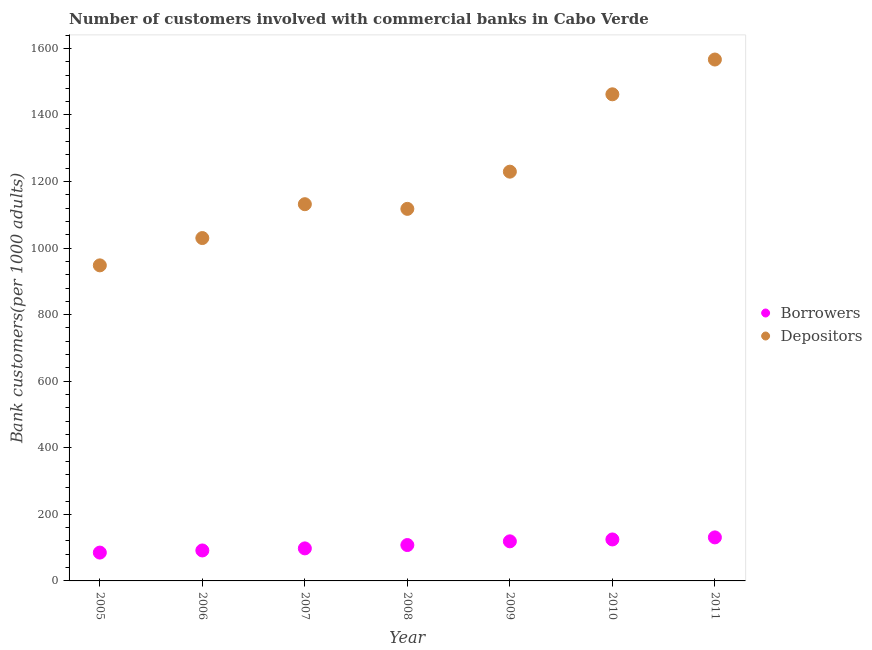
| Year | Borrowers | Depositors |
 | --- | --- | --- |
 | 2005 | 85.1 | 948 |
 | 2006 | 91.5 | 1.03e+03 |
 | 2007 | 97.8 | 1.13e+03 |
 | 2008 | 108 | 1.12e+03 |
 | 2009 | 119 | 1.23e+03 |
 | 2010 | 125 | 1.46e+03 |
 | 2011 | 131 | 1.57e+03 |